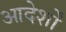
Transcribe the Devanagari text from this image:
आदेर्शों